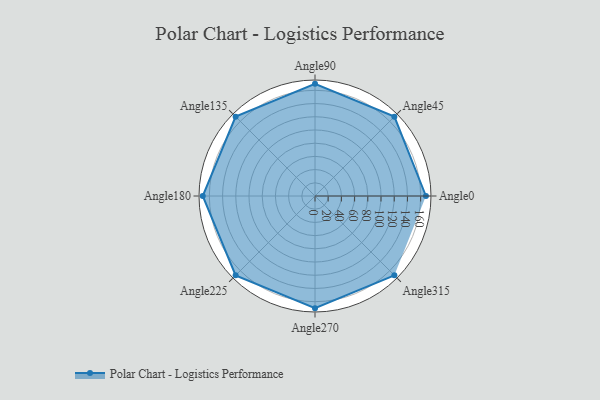
{"axis": {"x": "Angle", "y": "Radius"}, "legend": [""], "data": [{"x": "Angle0", "y": 168.0, "type": ""}, {"x": "Angle45", "y": 170, "type": ""}, {"x": "Angle90", "y": 170, "type": ""}, {"x": "Angle135", "y": 170, "type": ""}, {"x": "Angle180", "y": 170, "type": ""}, {"x": "Angle225", "y": 170, "type": ""}, {"x": "Angle270", "y": 170.0, "type": ""}, {"x": "Angle315", "y": 170, "type": ""}]}